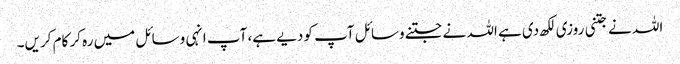
اللہ نے جتنی روزی لکھ دی ہے اللہ نے جتنے وسائل آپ کو دیے ہے، آپ انہی وسائل میں رہ کر کام کریں۔